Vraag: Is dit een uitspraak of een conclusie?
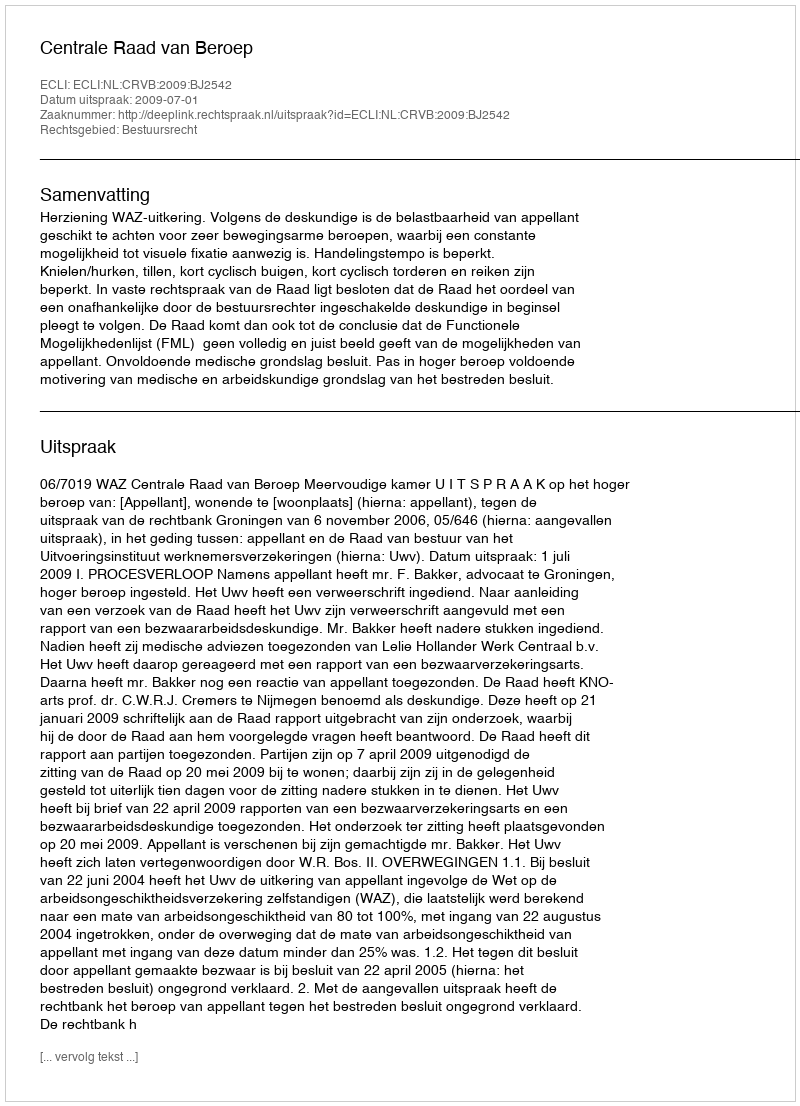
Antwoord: Uitspraak